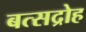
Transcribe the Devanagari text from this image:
बत्सद्रोह